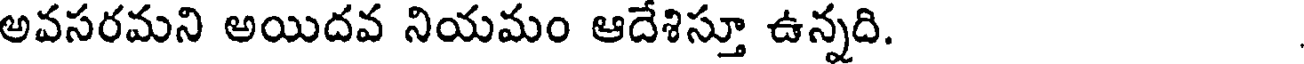
అవసరమని అయిదవ నియమం ఆదేశిస్తూ ఉన్నది.